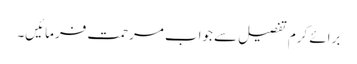
برائے کرم تفصیل سے جواب مرحمت فرمائیں۔